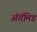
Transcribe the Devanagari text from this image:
ॲगॅमिड